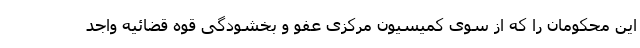
این محکومان را که از سوی کمیسیون مرکزی عفو و بخشودگی قوه قضائیه واجد